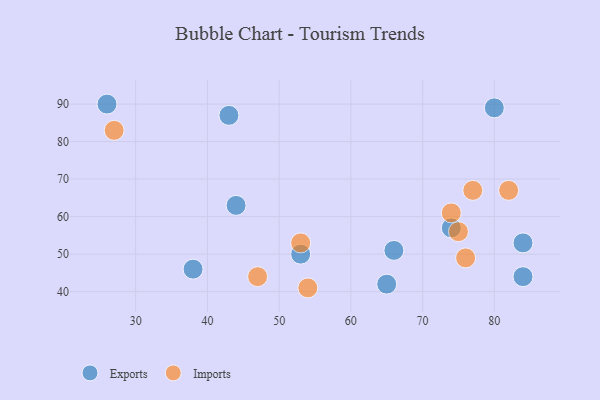
{"axis": {"x": "GDP", "y": "Life Expectancy"}, "legend": ["Exports", "Imports"], "data": [{"x": "44", "y": 63, "type": "Exports"}, {"x": "84", "y": 44, "type": "Exports"}, {"x": "53", "y": 50, "type": "Exports"}, {"x": "66", "y": 51, "type": "Exports"}, {"x": "80", "y": 89, "type": "Exports"}, {"x": "65", "y": 42, "type": "Exports"}, {"x": "84", "y": 53, "type": "Exports"}, {"x": "74", "y": 57, "type": "Exports"}, {"x": "43", "y": 87, "type": "Exports"}, {"x": "26", "y": 90, "type": "Exports"}, {"x": "38", "y": 46, "type": "Exports"}, {"x": "76", "y": 49, "type": "Imports"}, {"x": "54", "y": 41, "type": "Imports"}, {"x": "47", "y": 44, "type": "Imports"}, {"x": "82", "y": 67, "type": "Imports"}, {"x": "74", "y": 61, "type": "Imports"}, {"x": "53", "y": 53, "type": "Imports"}, {"x": "75", "y": 56, "type": "Imports"}, {"x": "77", "y": 67, "type": "Imports"}, {"x": "27", "y": 83, "type": "Imports"}]}